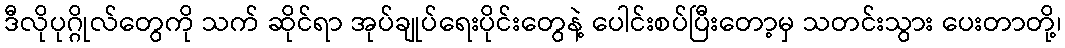
ဒီလိုပုဂ္ဂိုလ်တွေကို သက် ဆိုင်ရာ အုပ်ချုပ်ရေးပိုင်းတွေနဲ့ ပေါင်းစပ်ပြီးတော့မှ သတင်းသွား ပေးတာတို့၊